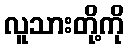
လူသားတို့ကို